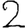
Digit: 2